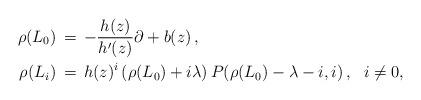
LaTeX: \begin{align*}\rho(L_{0}) \,&=\, -\frac{h(z)}{h'(z)} \partial + b(z) \, ,\\\rho(L_i) \,&=\, h(z)^i \left(\rho(L_0) +i \lambda \right) P(\rho(L_0) -\lambda-i, i) \, , \ \ i\neq 0,\end{align*}